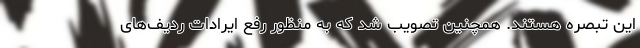
این تبصره هستند. همچنین تصویب شد که به منظور رفع ایرادات ردیف‌های